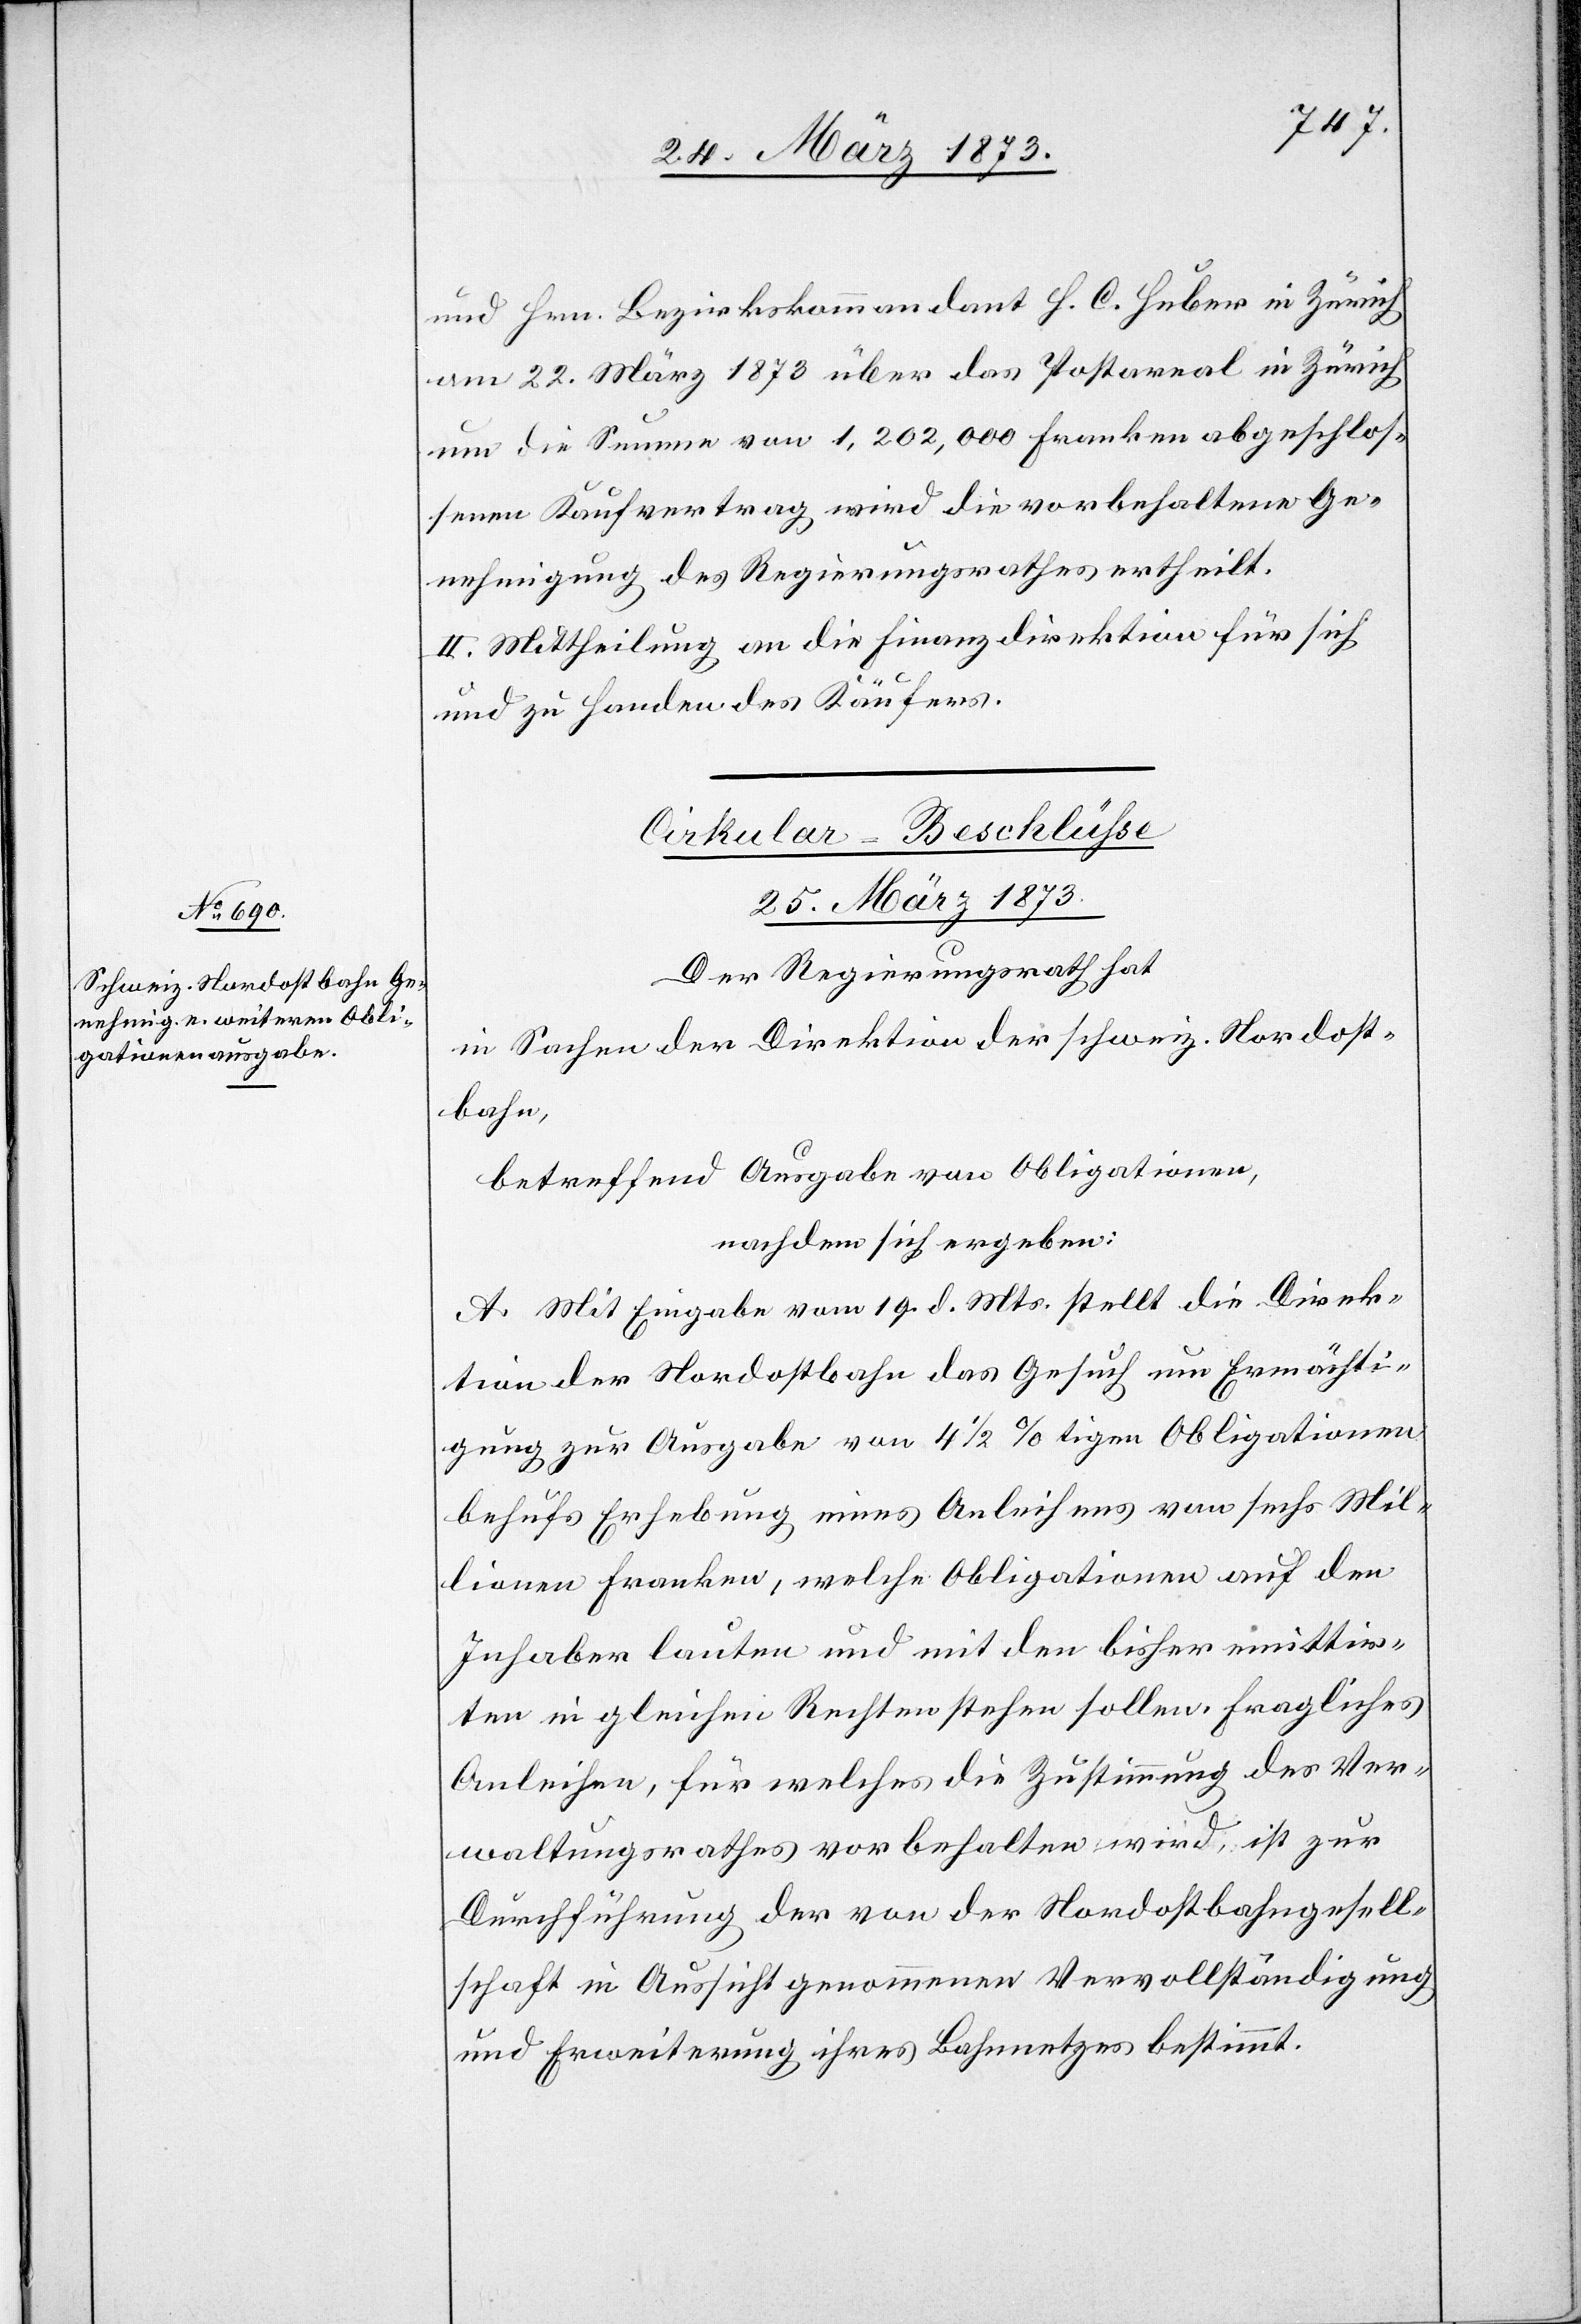
und Hrn. Bezirkskommandant H. C. Huber in Zürich
am 22. März 1873 über das Postareal in Zürich
um die Summe von 1,202,000 Franken abgeschlos¬
senen Kaufvertrag wird die vorbehaltene Ge¬
nehmigung des Regierungsrathes ertheilt.
II. Mittheilung an die Finanzdirektion für sich
und zu Handen des Käufers.
25. März 1873.
Der Regierungsrath hat
in Sachen der Direktion der schweiz. Nordost¬
bahn,
betreffend Ausgabe von Obligationen,
nachdem sich ergeben:
A. Mit Eingabe vom 19. d. Mts. stellt die Direk¬
tion der Nordostbahn das Gesuch um Ermächti¬
gung zur Ausgabe von 4 1/2 %tigen Obligationen
behufs Erhebung eines Anleihens von sechs Mil¬
lionen Franken, welche Obligationen auf den
Inhaber lauten und mit den bisher emittir¬
ten in gleichen Rechten stehen sollen. Fragliches
Anleihen, für welches die Zustimmung des Ver¬
waltungsrathes vorbehalten wird, ist zur
Durchführung der von der Nordostbahngesell¬
schaft in Aussicht genommenen Vervollständigung
und Erweiterung ihres Bahnnetzes bestimmt.